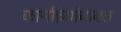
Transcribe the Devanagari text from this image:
कार्माच्र्यांबाबत